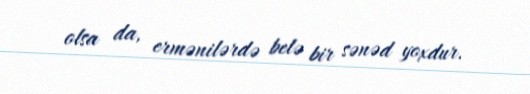
olsa da, ermənilərdə belə bir sənəd yoxdur.